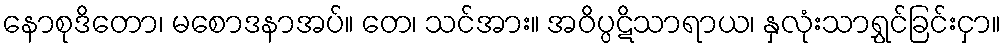
နောစုဒိတော၊ မစောဒနာအပ်။ တေ၊ သင်အား။ အဝိပ္ပဋိသာရာယ၊ နှလုံးသာရွှင်ခြင်းငှာ။